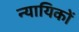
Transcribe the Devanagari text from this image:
न्यायिकों